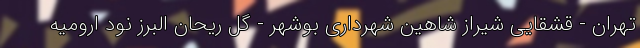
تهران - قشقایی شیراز شاهین شهرداری بوشهر - گل ریحان البرز نود ارومیه